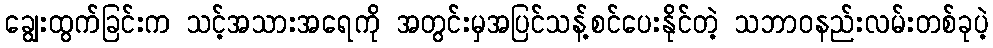
ချွေးထွက်ခြင်းက သင့်အသားအရေကို အတွင်းမှအပြင်သန့်စင်ပေးနိုင်တဲ့ သဘာဝနည်းလမ်းတစ်ခုပဲ့